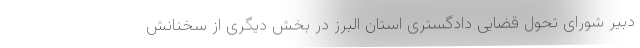
دبیر شورای تحول قضایی دادگستری استان البرز در بخش دیگری از سخنانش